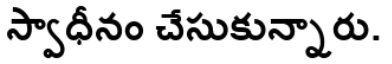
స్వాధీనం చేసుకున్నారు.